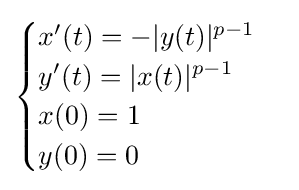
{\begin{cases}x'(t)=-|y(t)|^{p-1}\\y'(t)=|x(t)|^{p-1}\\x(0)=1\\y(0)=0\end{cases}}